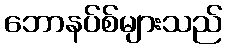
ဘောနပ်စ်များသည်